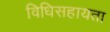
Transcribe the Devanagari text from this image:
विधिसहायता